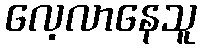
လေ့လာနေသူ